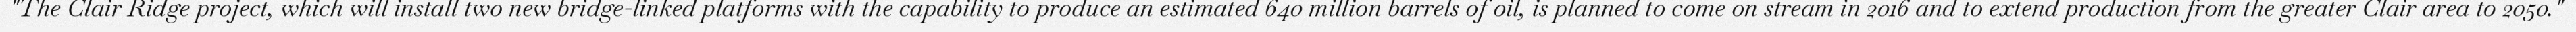
"The Clair Ridge project, which will install two new bridge-linked platforms with the capability to produce an estimated 640 million barrels of oil, is planned to come on stream in 2016 and to extend production from the greater Clair area to 2050."